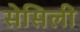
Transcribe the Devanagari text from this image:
सेसिली